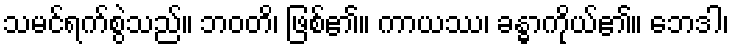
သမင်ရက်စွဲသည်။ ဘဝတိ၊ ဖြစ်၏။ ကာယဿ၊ ခန္ဓာကိုယ်၏။ ဘေဒါ၊